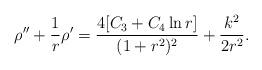
LaTeX: \begin{align*}\rho''+\frac{1}{r}\rho'=\frac{4[C_3+C_4\ln r ]}{(1+r^2)^{2}} +\frac{k^2}{2r^2}.\end{align*}